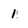
Character: 1